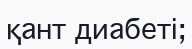
қант диабеті;